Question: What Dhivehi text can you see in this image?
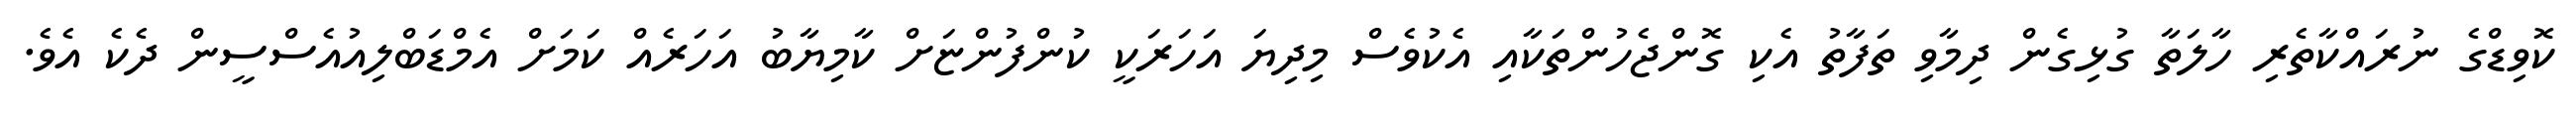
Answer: ކޮވިޑްގެ ނުރައްކާތެރި ހާލަތާ ގުޅިގެން ދިމާވި ތަފާތު އެކި ގޮންޖެހުންތަކާއި އެކުވެސް މިދިޔަ އަހަރަކީ ކުންފުންޏަށް ކާމިޔާބު އަހަރެއް ކަމަށް އެމްޑަބްލިއުއެސްސީން ދެކެ އެވެ.